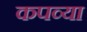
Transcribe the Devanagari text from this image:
कपव्या